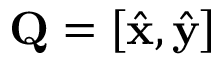
\mathbf { Q } = \left[ { \hat { \mathbf { x } } } , { \hat { \mathbf { y } } } \right]